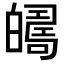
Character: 𤾦